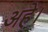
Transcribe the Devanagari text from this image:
अहे।